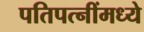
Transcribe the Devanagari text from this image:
पतिपत्‍नींमध्ये